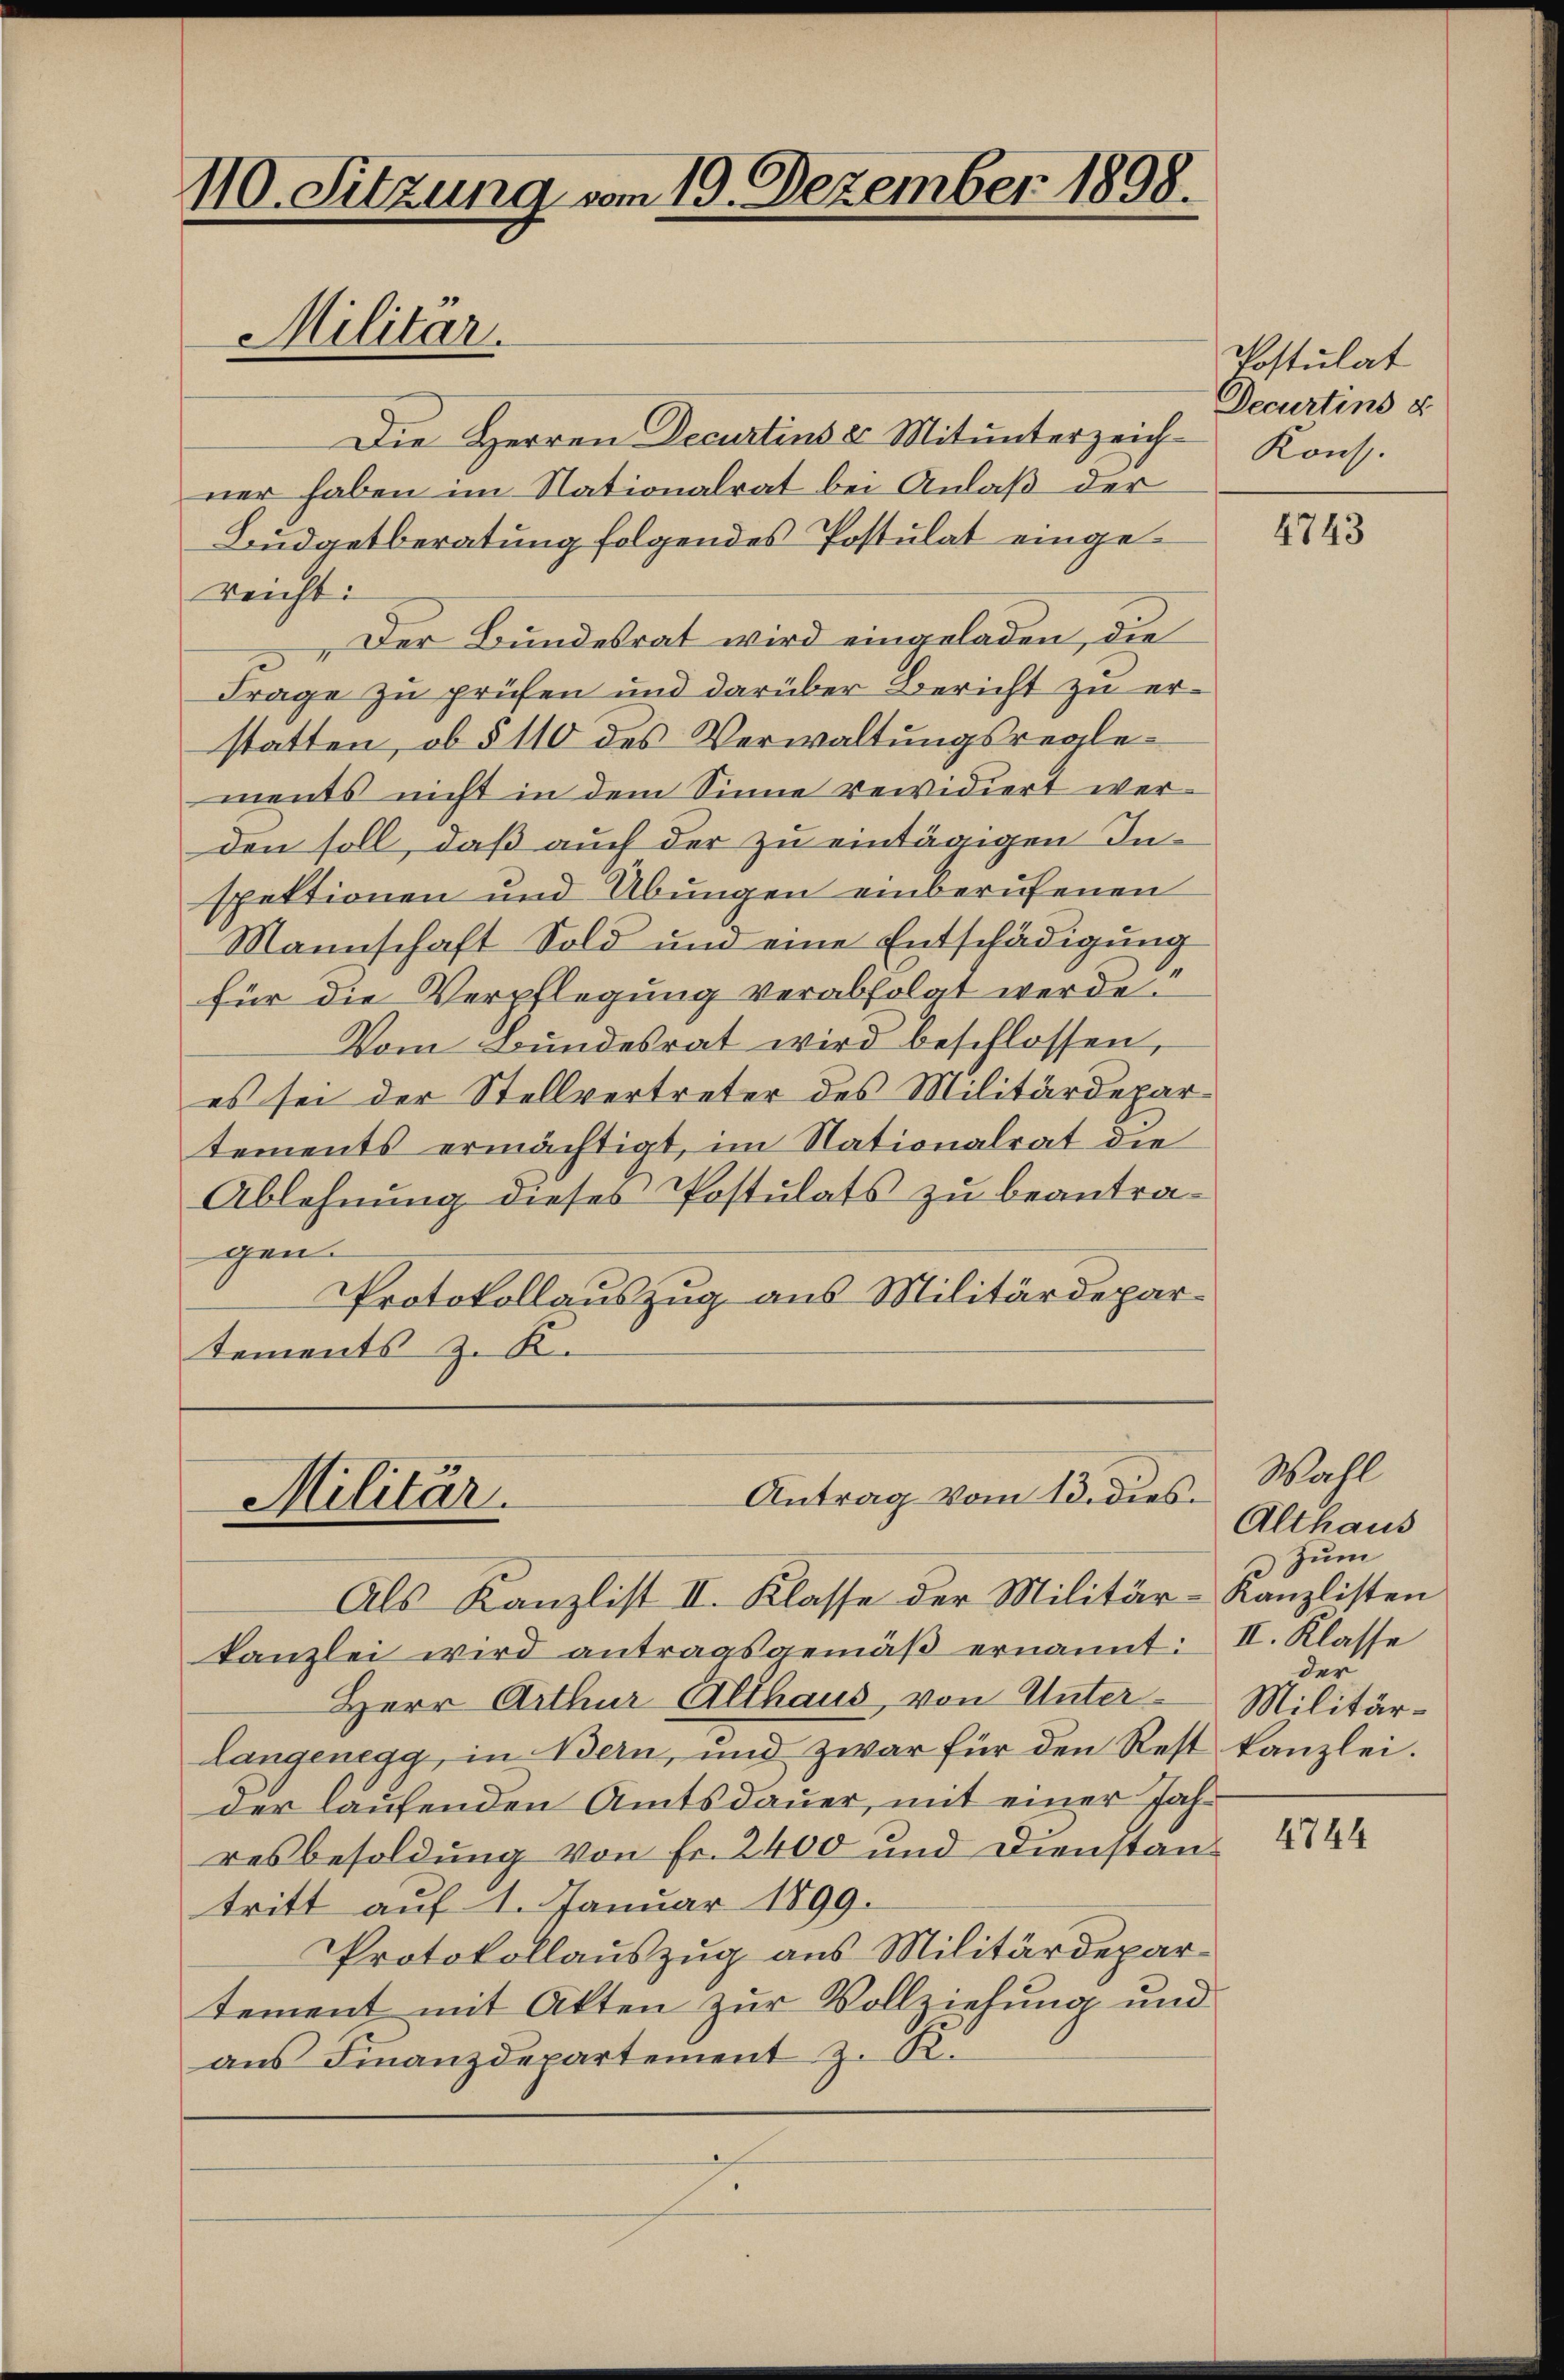
110. Sitzung vom 19. Dezember 1898.
Militar.

Die Herren Decurtins Mitunterzeich-Konst.
ner haben im Nationalrat bei Anlaß der
Büdgetberatung folgendes Postulat eingereicht:
Der Bundesrat wird eingeladen, die
Frage zu prüfen und darüber Bericht zu erstatten, ob § 110 des Verwaltungsreglements nicht in dem Sinne revidiert werden soll, daß auch der zu eintägigen Inspektionen und Übungen einberufenen
Mannschaft Sold und eine Entschädigung
für die Verpflegung verabfolgt werde?
Vom Bundesrat wird beschlossen,
es sei der Stellvertreter des Militärdepartements ermächtigt, im Nationalrat die
Ablehnung dieses Postulats zu beantragen.
Protokollauszug aus Militärdepartements z. R.

Antrag vom 13. dies¬
Militär.

Postulat
Decurtins u

Als Kanzlist II. Klasse der Militär-Kanzlisten
kanzlei wird antragsgemäβ ernannt: II. Klasse
Herr Arthur Althaus, von Unter-Militärlangenegg, in Bern, und zwar für den Rest kanzlei.
der laufenden Amtsdauer, mit einer Jahresbesoldung von Fr. 2400 und Dienstantritt auf 1. Januar 1899.
Protokollauszug aus Militärdepartement mit Akten zur Vollziehung und
ans Finanzdepartement z. B.

4743

Wahl
Althaus
Zum
der

4744